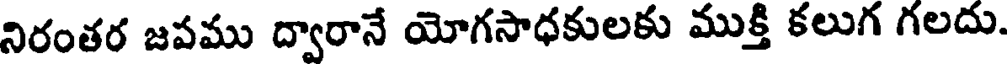
నిరంతర జపము ద్వారానే యోగసాధకులకు ముక్తి కలుగ గలదు.